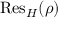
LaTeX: { \mathrm { R e s } } _ { H } ( \rho )